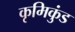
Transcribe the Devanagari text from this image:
कृमिकुंड